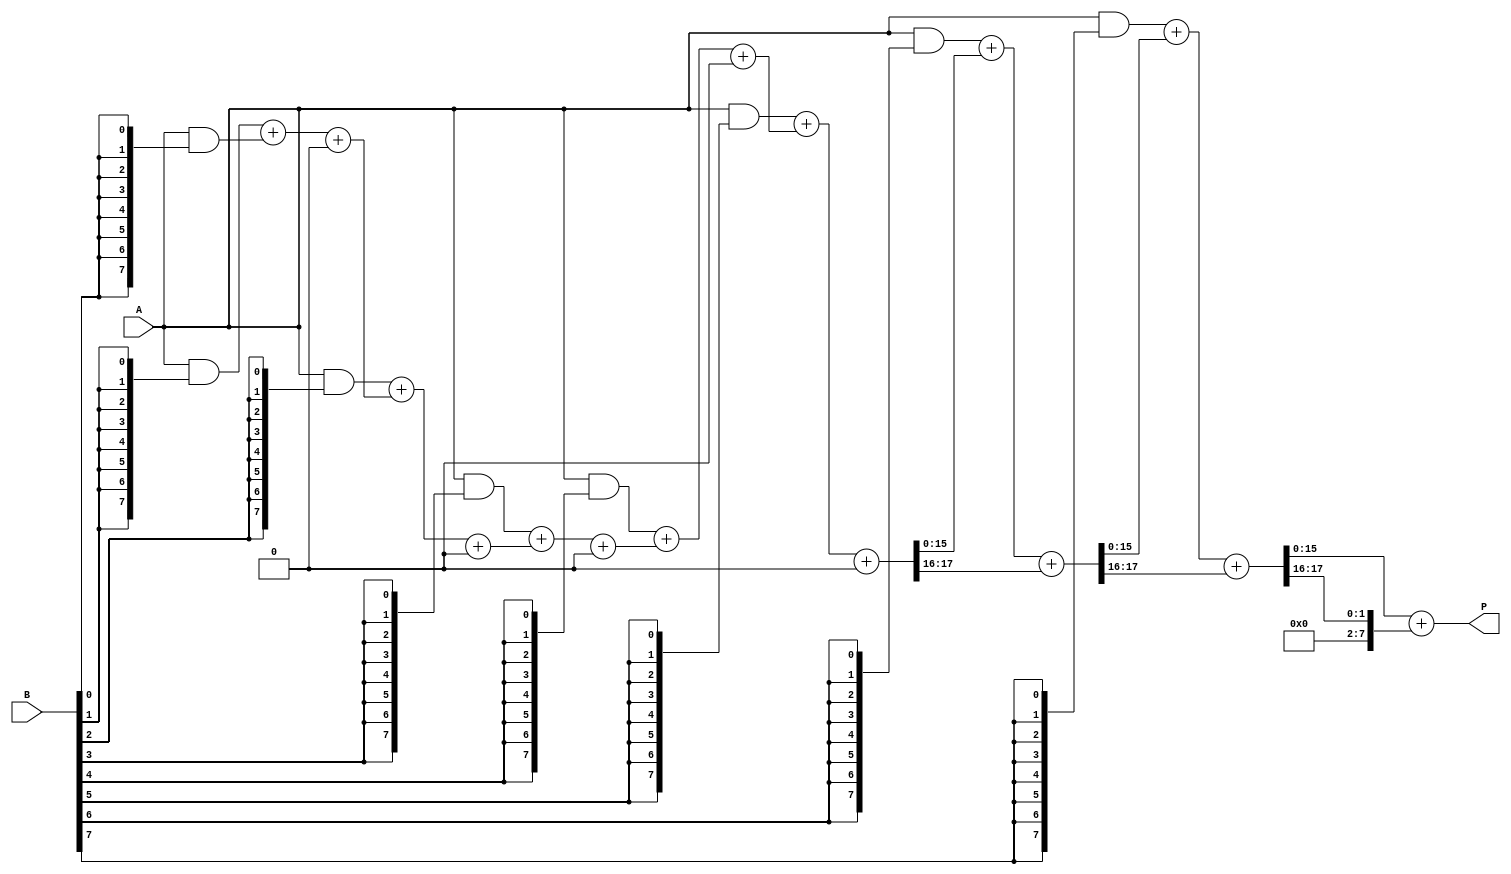
module wallace_tree_multiplier #(parameter N = 8, M = 8) (
    input [N-1:0] A,
    input [M-1:0] B,
    output reg [N+M-1:0] P
);

    // Partial product generation
    wire [N-1:0] pp[M-1:0]; // Partial products
    genvar i;
    generate
        for (i = 0; i < M; i = i + 1) begin : pp_gen
            assign pp[i] = A & {N{B[i]}}; // AND each bit of B with A
        end
    endgenerate

    // Wallace tree reduction
    wire [N+M-1:0] sum [0:M-1]; // Intermediate sums
    wire [M-1:0] carry [0:M-1]; // Intermediate carries

    // Stage 1: Reduce partial products using half and full adders
    generate
        for (i = 0; i < M; i = i + 1) begin : reduction_stage
            if (i == 0) begin
                assign sum[i] = pp[i]; // First partial product
                assign carry[i] = 0; // No carry for the first stage
            end else begin
                // Full adder for three inputs: two bits from previous stage and carry
                assign {carry[i], sum[i]} = pp[i] + sum[i-1] + carry[i-1];
            end
        end
    endgenerate

    // Final addition stage
    wire [N+M-1:0] final_sum;
    wire [N+M-1:0] final_carry;

    assign {final_carry, final_sum} = sum[M-1] + carry[M-1];

    // Assign final product
    always @(*) begin
        P = final_sum; // Final product output
    end

endmodule